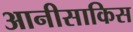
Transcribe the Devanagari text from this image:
आनीसाकिस